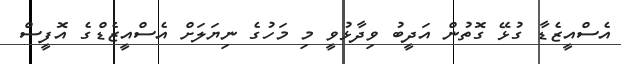
އެސްއީޒެޑާ ގުޅޭ ގޮތުން އަދީބު ވިދާޅުވީ މި މަހުގެ ނިޔަލަށް އެސްއީޒެޑްގެ އޮފީސް